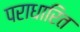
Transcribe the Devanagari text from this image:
पराधारित